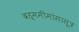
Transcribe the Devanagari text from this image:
ब्रह्ममीमांसासूत्र